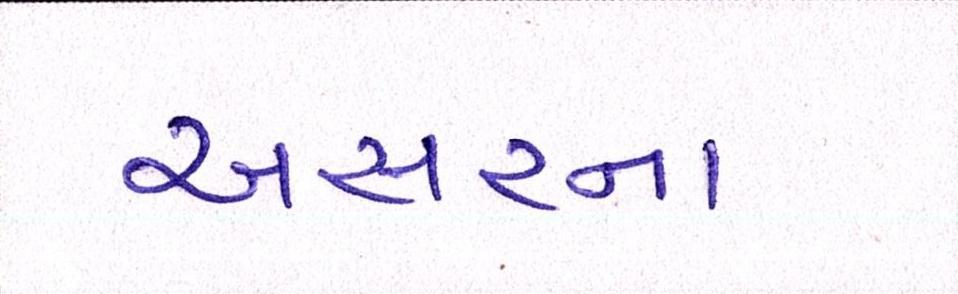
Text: અસરના